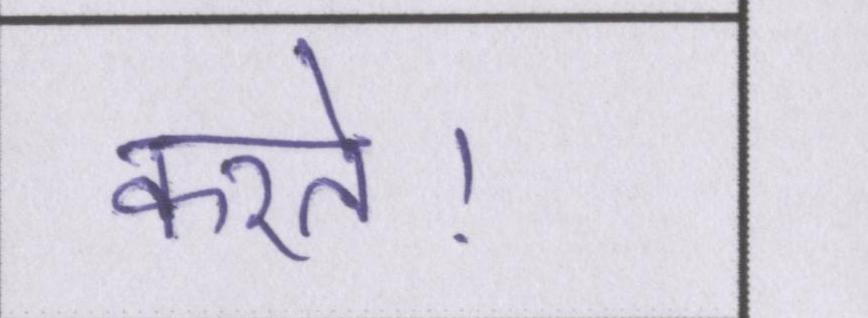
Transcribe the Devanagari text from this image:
करते।